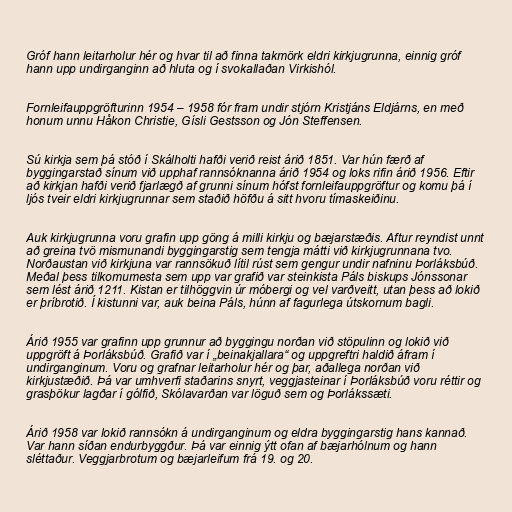
Gróf hann leitarholur hér og hvar til að finna takmörk eldri kirkjugrunna, einnig gróf
hann upp undirganginn að hluta og í svokallaðan Virkishól.

Fornleifauppgröfturinn 1954 – 1958 fór fram undir stjórn Kristjáns Eldjárns, en með
honum unnu Håkon Christie, Gísli Gestsson og Jón Steffensen.

Sú kirkja sem þá stóð í Skálholti hafði verið reist árið 1851. Var hún færð af
byggingarstað sínum við upphaf rannsóknanna árið 1954 og loks rifin árið 1956. Eftir
að kirkjan hafði verið fjarlægð af grunni sínum hófst fornleifauppgröftur og komu þá í
ljós tveir eldri kirkjugrunnar sem staðið höfðu á sitt hvoru tímaskeiðinu.

Auk kirkjugrunna voru grafin upp göng á milli kirkju og bæjarstæðis. Aftur reyndist unnt
að greina tvö mismunandi byggingarstig sem tengja mátti við kirkjugrunnana tvo.
Norðaustan við kirkjuna var rannsökuð lítil rúst sem gengur undir nafninu Þorláksbúð.
Meðal þess tilkomumesta sem upp var grafið var steinkista Páls biskups Jónssonar
sem lést árið 1211. Kistan er tilhöggvin úr móbergi og vel varðveitt, utan þess að lokið
er þríbrotið. Í kistunni var, auk beina Páls, húnn af fagurlega útskornum bagli.

Árið 1955 var grafinn upp grunnur að byggingu norðan við stöpulinn og lokið við
uppgröft á Þorláksbúð. Grafið var í „beinakjallara“ og uppgreftri haldið áfram í
undirganginum. Voru og grafnar leitarholur hér og þar, aðallega norðan við
kirkjustæðið. Þá var umhverfi staðarins snyrt, veggjasteinar í Þorláksbúð voru réttir og
grasþökur lagðar í gólfið, Skólavarðan var löguð sem og Þorlákssæti.

Árið 1958 var lokið rannsókn á undirganginum og eldra byggingarstig hans kannað.
Var hann síðan endurbyggður. Þá var einnig ýtt ofan af bæjarhólnum og hann
sléttaður. Veggjarbrotum og bæjarleifum frá 19. og 20.